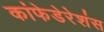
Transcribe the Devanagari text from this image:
कांफेडेरेशंस